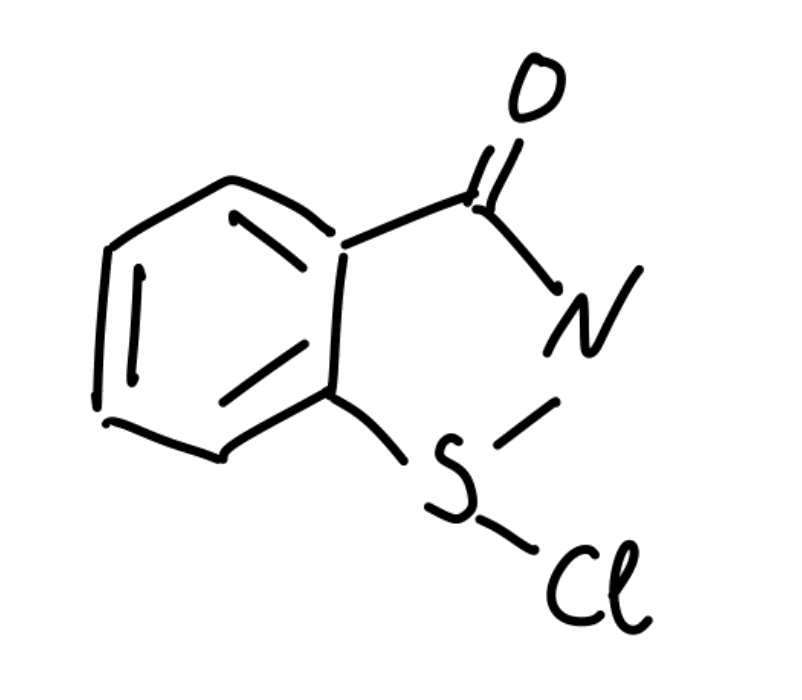
Simplified molecular-input line-entry system (SMILES) notation of the given molecule:
C1=CC=C2C(=C1)C(=O)N=S2Cl